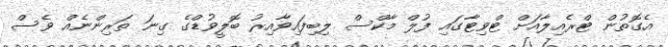
އެގޮތުން ޓްރެއިލާއަށް ޓްވިޓާގައި ފުލް މާކްސް ލިބިފައިވާއިރު ބޮލީވުޑްގެ ގިނަ ތަރިންނެއް ވެސް